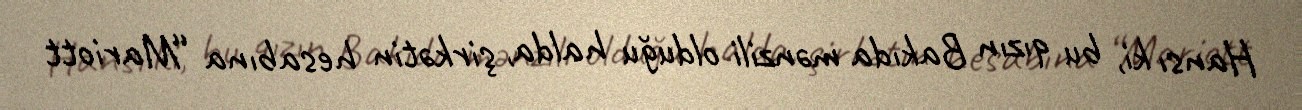
Hansı ki, bu qızın Bakıda mənzili olduğu halda, şirkətin hesabına “Mariott